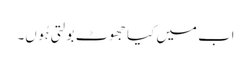
اب میں کیا جھوٹ بولتی ہُوں۔